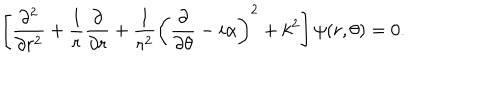
\left[ { \frac { \partial ^ { 2 } } { \partial r ^ { 2 } } } + { \frac { 1 } { r } } { \frac { \partial } { \partial r } } + { \frac { 1 } { r ^ { 2 } } } \left( { \frac { \partial } { \partial \theta } } - i \alpha \right) ^ { 2 } + k ^ { 2 } \right] \psi ( r , \theta ) = 0 .